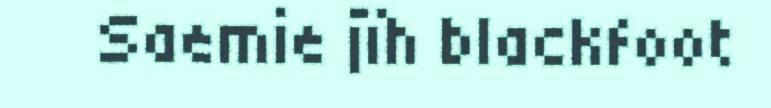
Saemie jïh blackfoot